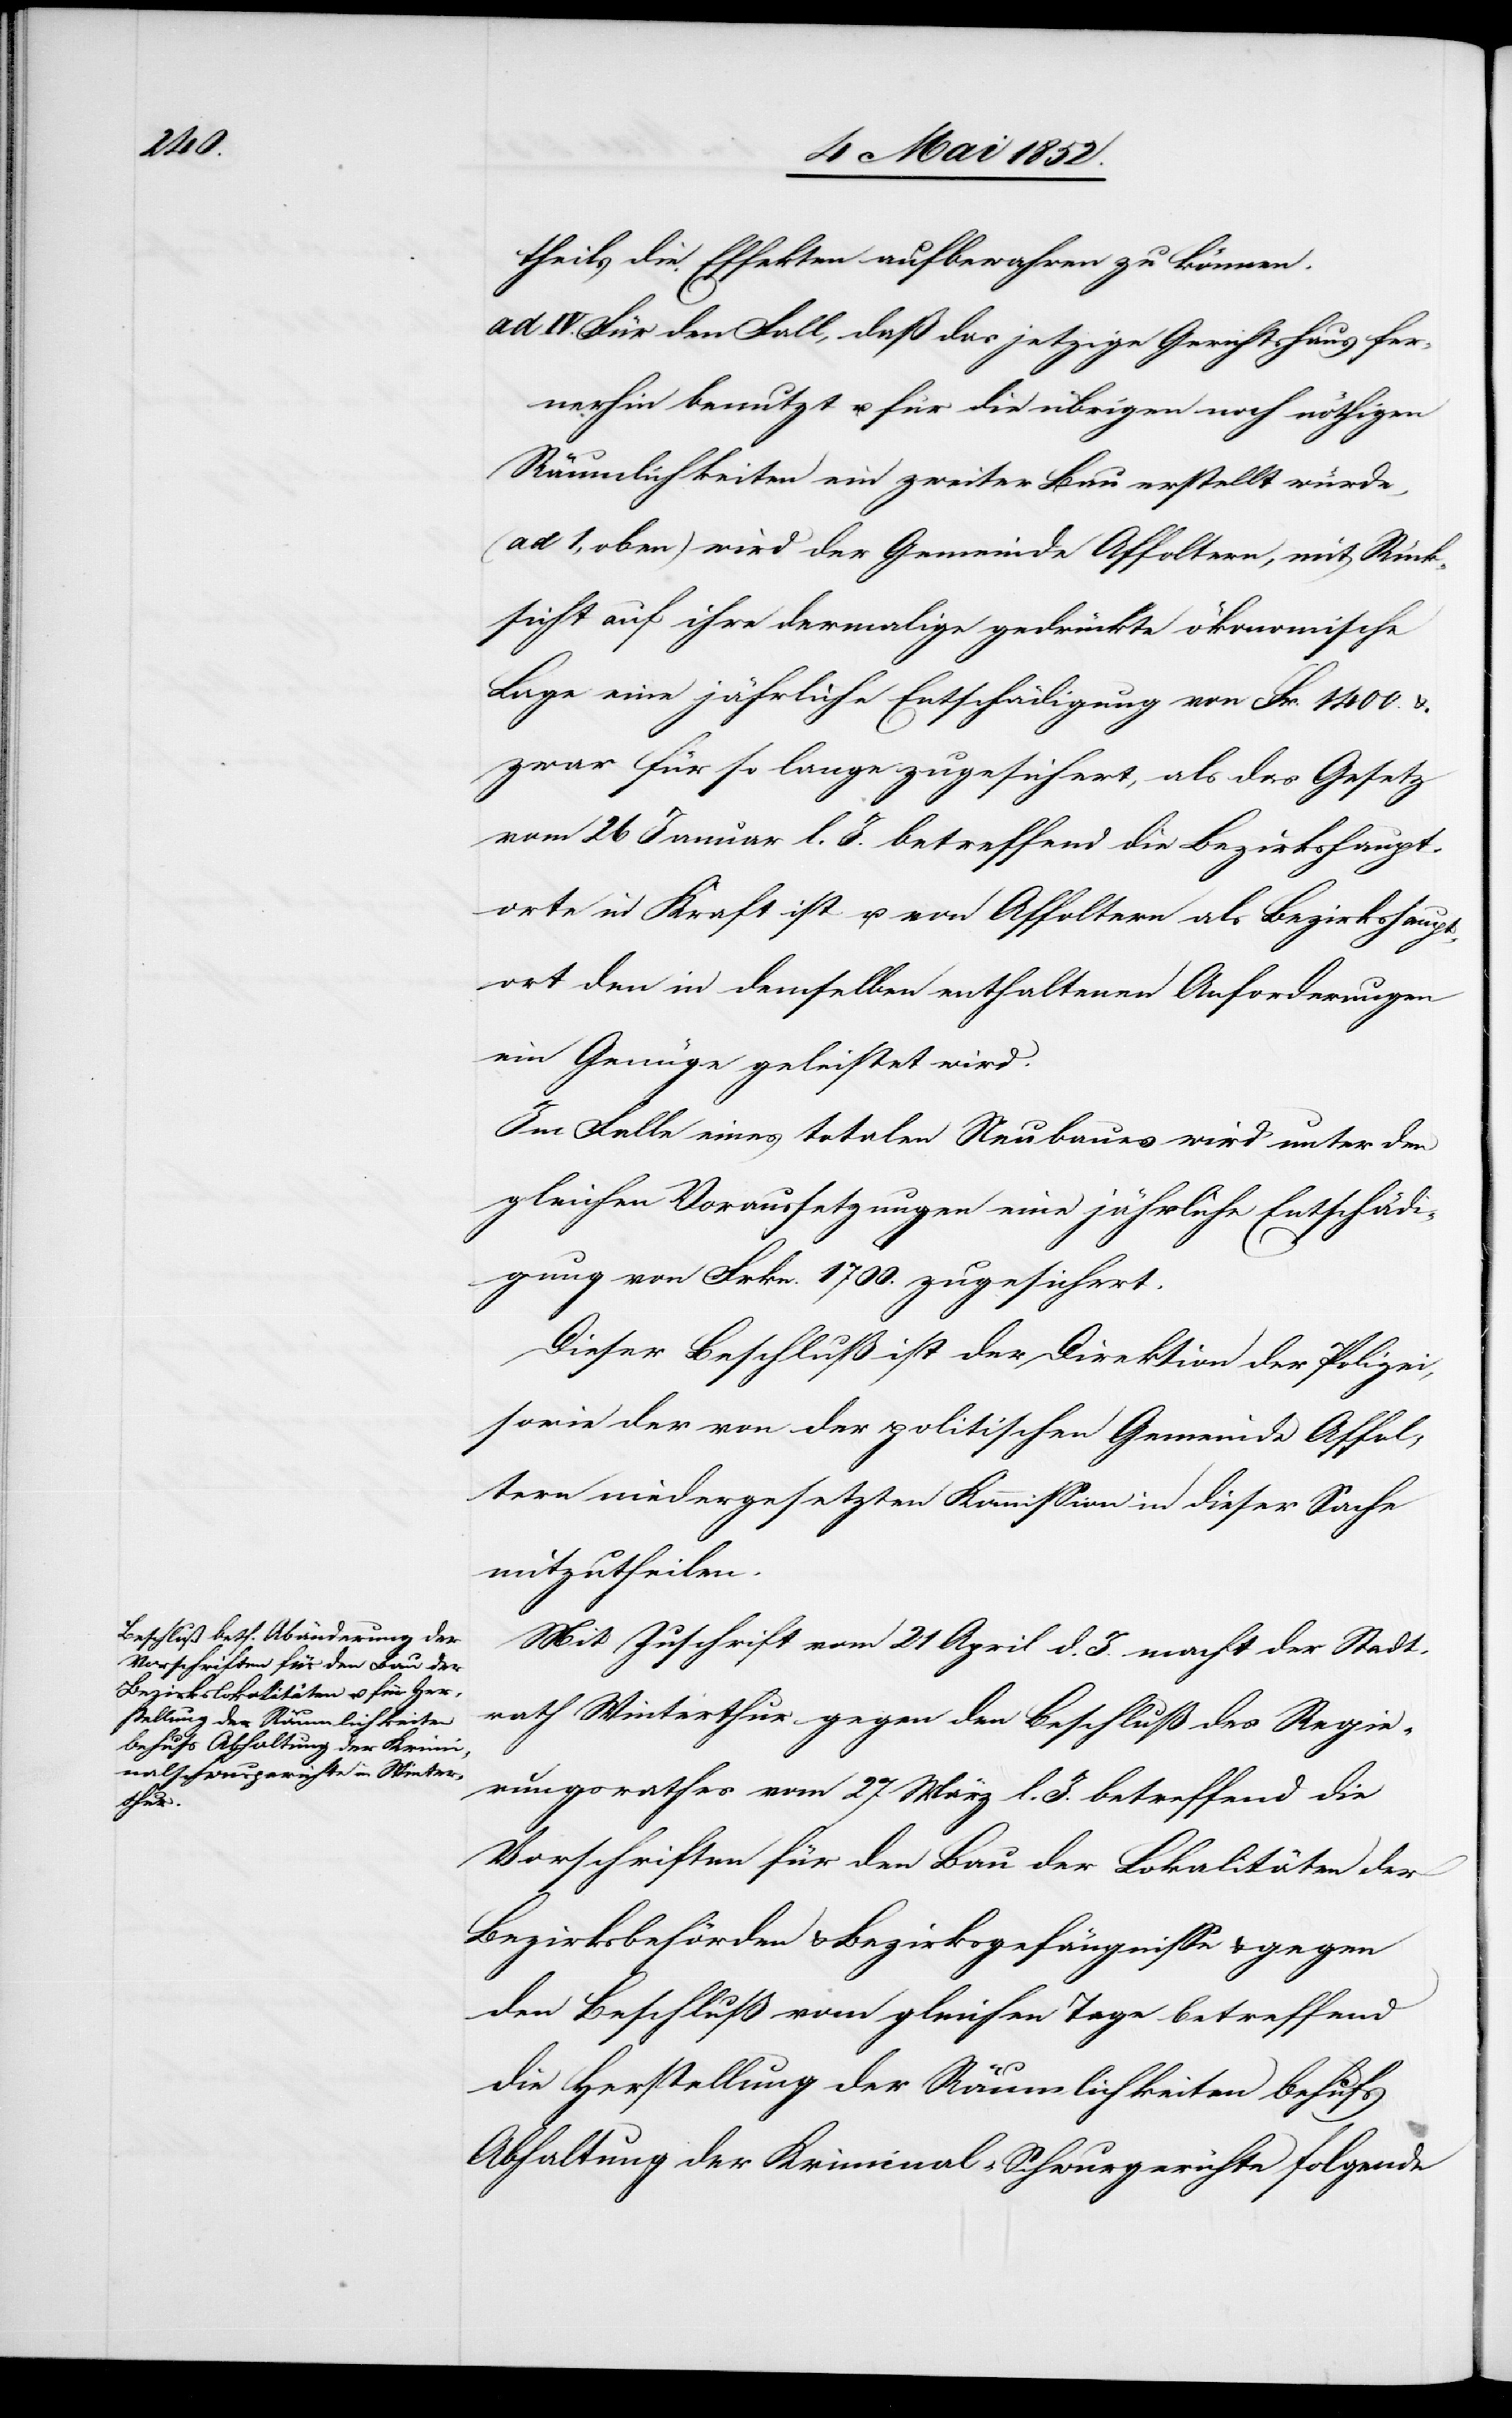
theils die Effekten aufbewahren zu können.
ad IV. Für den Fall, daß das jetzige Gerichtshaus fer¬
nerhin benutzt u. für die übrigen noch nöthigen
Räumlichkeiten ein zweiter Bau erstellt würde,
(ad 1, oben) wird der Gemeinde Affoltern, mit Rück¬
sicht auf ihre dermalige gedrückte ökonomische
Lage eine jährliche Entschädigung von Fr. 1400 &
zwar für so lange zugesichert, als das Gesetz
vom 26 Januar l. J. betreffend die Bezirkshaupt¬
orte in Kraft ist u. von Affoltern als Bezirkshaupt¬
ort den in demselben enthaltenen Anforderungen
ein Genüge geleistet wird.
Im Falle eines totalen Neubaues wird unter den
gleichen Voraussetzungen eine jährliche Entschädi¬
gung von Frkn. 1700. zugesichert.
Dieser Beschluß ist der Direktion der Polizei,
sowie der von der politischen Gemeinde Affol¬
tern niedergesetzten Kommission in dieser Sache
mitzutheilen.
Mit Zuschrift vom 21 April d. J. macht der Stadt¬
rath Winterthur gegen den Beschluß des Regie¬
rungsrathes vom 27 März l. J. betreffend die
Vorschriften für den Bau der Lokalitäten der
Bezirksbehörden & Bezirksgefängnisse & gegen
den Beschluß vom gleichen Tage betreffend
die Herstellung der Räumlichkeiten behufs
Abhaltung der Kriminal-Schwurgerichte folgende